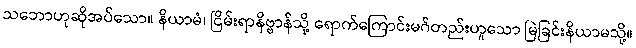
သဘောဟုဆိုအပ်သော။ နိယာမံ၊ ငြိမ်းရာနိဗ္ဗာန်သို့ ရောက်ကြောင်းမဂ်တည်းဟူသော မြဲခြင်းနိယာမသို့။